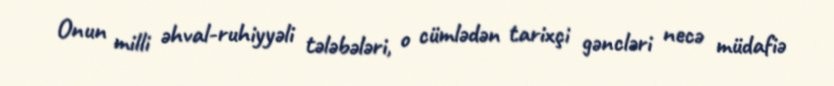
Onun milli əhval-ruhiyyəli tələbələri, o cümlədən tarixçi gəncləri necə müdafiə